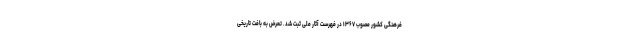
فرهنگی کشور مصوب ۱۳۶۷ در فهرست آثار ملی ثبت شد. تعرض به بافت تاریخی